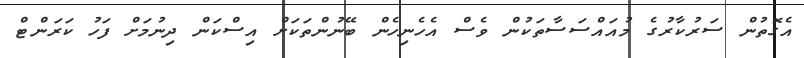
އެގޮތުން ސަރުކާރުގެ މުއައްސަސާތަކުން ވެސް އެހެނިހެން ބޭނުންތަކަށް އިސްކަން ދިނުމަށް ފަހު ކަރަންޓް